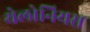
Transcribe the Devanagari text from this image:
थेलोनियस